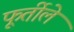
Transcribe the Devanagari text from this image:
फूर्तीले